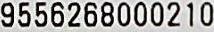
9556268000210